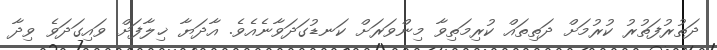
ދަތުރުފަތުރު ކުރުމަށް ދަތިތައް ކުރިމަތިވާ މިންވަރަށް ކަނޑުގަދަވާނެއެވެ. އާދަޔާ ޚިލާފަށް ވައިގަދަވެ ވިދާ